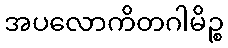
အပလောကိတဂါမိဉ္စ